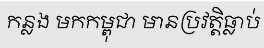
កន្លង មកកម្ពុជា មានប្រវត្តិធ្លាប់